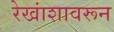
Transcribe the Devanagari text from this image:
रेखांशावरून